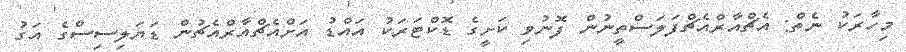
މިހާރަކު ނެތް: އެޗްއާރްއެޗްފަލަސްތީނުން ފޮނުވި ކަށީގެ ޑޮކްޓަރަކު އައްޑު އަށްއެޗްއާރްއެޗުން ޑަޔަލިސިސްގެ އަގު